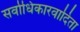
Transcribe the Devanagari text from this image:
सर्वाधिकारवादिता